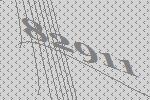
82911